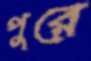
পুরে